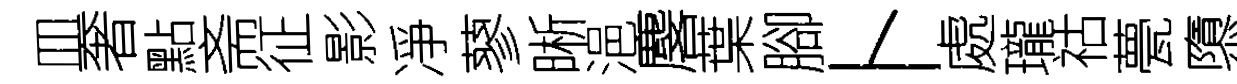
皿奢點斋征影凈蓼晰浥麐葉腳卜處瓏祜甍隳